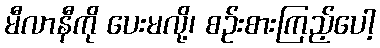
မီလာနီကို ပေးမလို့၊ စဉ်းစားကြည့်ပေါ့